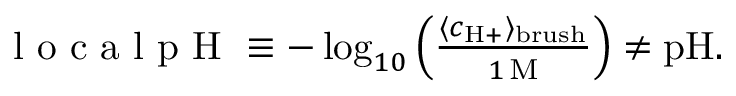
\begin{array} { r } { \mathrm { ~ l ~ o ~ c ~ a ~ l ~ p ~ H ~ } \equiv - \log _ { 1 0 } \left( \frac { \langle c _ { \mathrm { H + } } \rangle _ { \mathrm { b r u s h } } } { 1 \, \mathrm { M } } \right) \neq \mathrm { p H } . } \end{array}